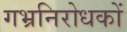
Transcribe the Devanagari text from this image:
गभ्रनिरोधकों